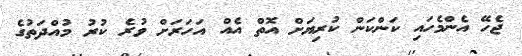
ޖެހޭ އެންމެހައި ކަންކަން ކުރިޔަށް އޮތް އެއް އަހަރަށް ވުރެ ކުރު މުއްދަތުގެ